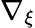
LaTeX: \nabla_{\xi}